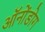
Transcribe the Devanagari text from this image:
ऑनोंडोग